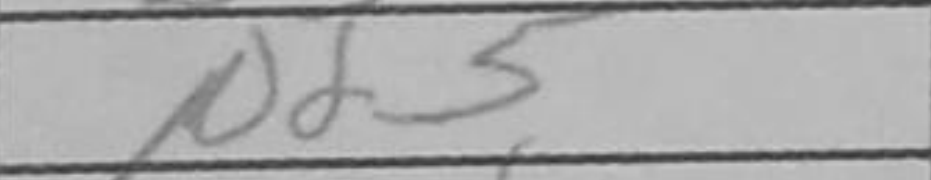
Transcription: Nd5